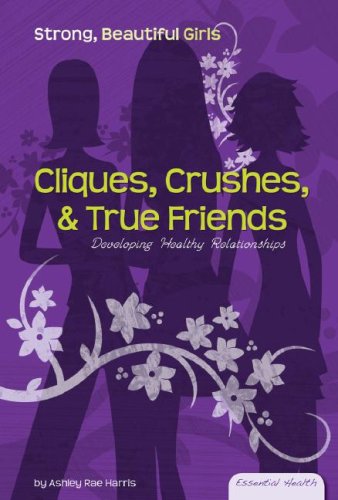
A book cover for Cliques, Crushes, & True Friends: Developing Healthy Relationships (Essential Health: Strong Beautiful Girls); Ashley Rae Harris; Teen & Young Adult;